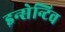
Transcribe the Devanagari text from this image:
इन्सेन्टिव